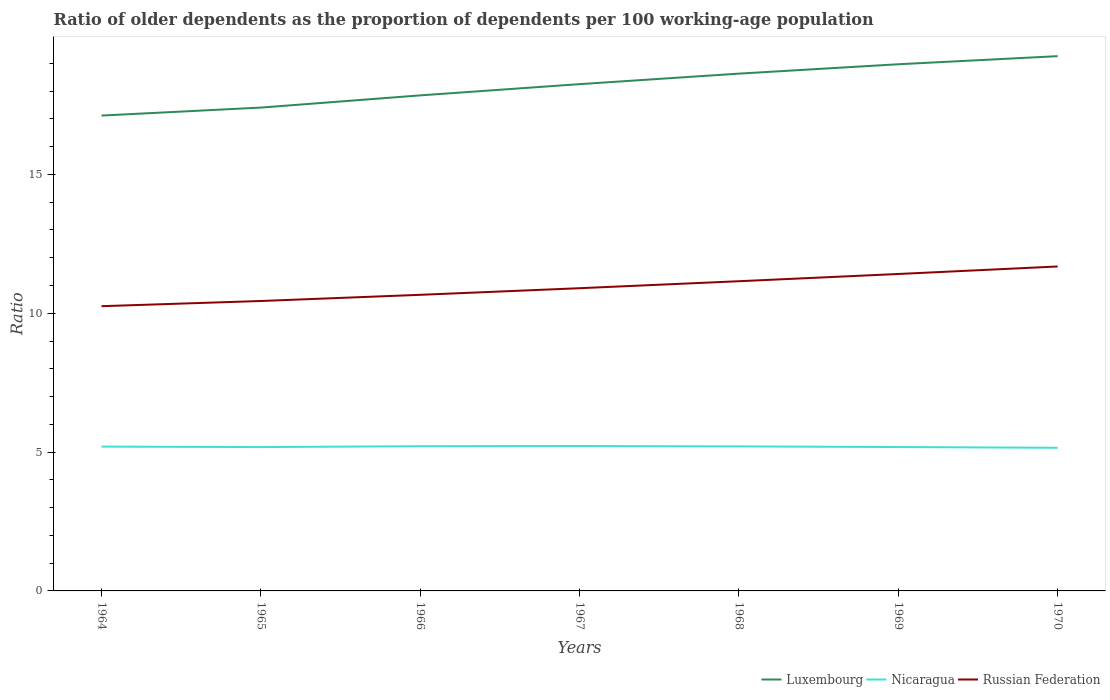
| Years | Luxembourg | Nicaragua | Russian Federation |
 | --- | --- | --- | --- |
 | 1964 | 17.1 | 5.2 | 10.3 |
 | 1965 | 17.4 | 5.18 | 10.4 |
 | 1966 | 17.8 | 5.21 | 10.7 |
 | 1967 | 18.3 | 5.22 | 10.9 |
 | 1968 | 18.6 | 5.21 | 11.2 |
 | 1969 | 19 | 5.18 | 11.4 |
 | 1970 | 19.3 | 5.16 | 11.7 |